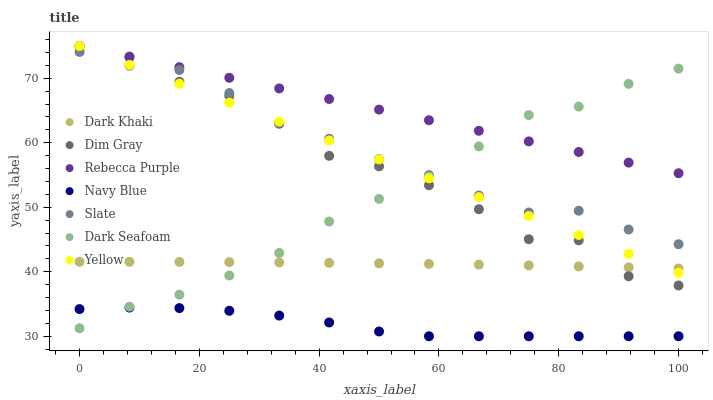
| xaxis_label | Dark Khaki | Dim Gray | Rebecca Purple | Navy Blue | Slate | Dark Seafoam | Yellow |
 | --- | --- | --- | --- | --- | --- | --- | --- |
 | 0 | 41.5 | 75 | 75 | 34.2 | 74.1 | 31.2 | 75 |
 | 8.33 | 41.5 | 73.2 | 73.4 | 34.5 | 71.9 | 34.6 | 72.1 |
 | 16.7 | 41.5 | 69.5 | 71.7 | 34.4 | 71.3 | 36.4 | 69.1 |
 | 25 | 41.5 | 67.3 | 70.1 | 33.9 | 67.7 | 39.4 | 66.2 |
 | 33.3 | 41.4 | 62.9 | 68.4 | 33.2 | 63.1 | 42.9 | 63.3 |
 | 41.7 | 41.4 | 58 | 66.8 | 32.1 | 60.6 | 47.8 | 60.4 |
 | 50 | 41.3 | 56.3 | 65.1 | 30.7 | 57.5 | 51.3 | 57.4 |
 | 58.3 | 41.2 | 53.4 | 63.5 | 30 | 55 | 54.8 | 54.5 |
 | 66.7 | 41.1 | 49.7 | 61.9 | 30 | 51.8 | 59.4 | 51.6 |
 | 75 | 41 | 45 | 60.2 | 30 | 49.2 | 64.3 | 48.6 |
 | 83.3 | 40.8 | 44.9 | 58.6 | 30 | 49.5 | 65.6 | 45.7 |
 | 91.7 | 40.7 | 39.3 | 56.9 | 30 | 46.6 | 69.1 | 42.8 |
 | 100 | 40.5 | 37.9 | 55.3 | 30 | 44.3 | 71.5 | 39.8 |